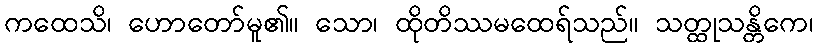
ကထေသိ၊ ဟောတော်မူ၏။ သော၊ ထိုတိဿမထေရ်သည်။ သတ္ထုသန္တိကေ၊